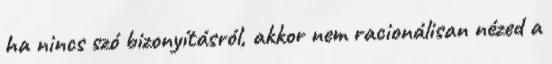
ha nincs szó bizonyításról, akkor nem racionálisan nézed a